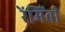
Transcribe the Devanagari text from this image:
रेंमिंबी